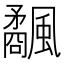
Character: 𩙅